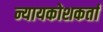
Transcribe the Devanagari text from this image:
न्यायकोशकर्ता